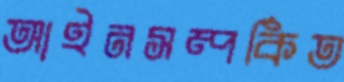
আইনসম্পর্কিত